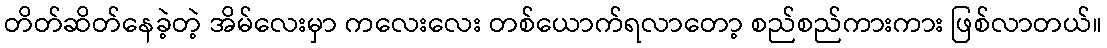
တိတ်ဆိတ်နေခဲ့တဲ့ အိမ်လေးမှာ ကလေးလေး တစ်ယောက်ရလာတော့ စည်စည်ကားကား ဖြစ်လာတယ်။